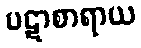
ပဋာစာရာယ